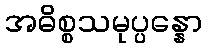
အဓိစ္စသမုပ္ပန္နော